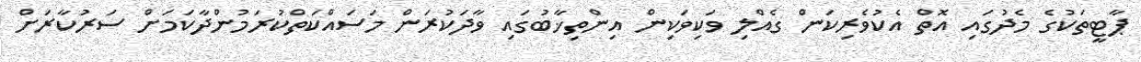
ޕާޓީތަކުގެ މެދުގައި އޮތް އެކުވެރިކަން ގެއްލި ވަކިވަކިން އިންތިޚާބުގައި ވާދަކުރަން މަސައްކަތްކުރަމުންދާކަމަށް ސަރުކާރަށް